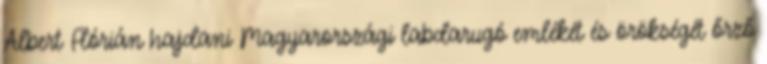
Albert Flórián hajdani Magyarországi labdarugó emlékét és örökségét őrző